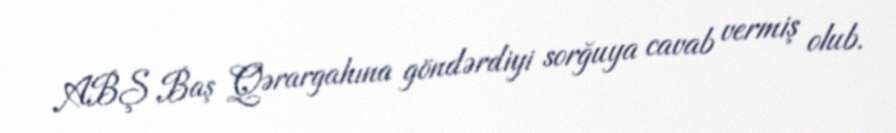
ABŞ Baş Qərargahına göndərdiyi sorğuya cavab vermiş olub.